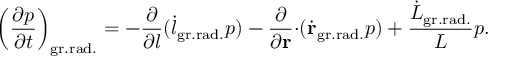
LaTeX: \left( \frac { \partial p } { \partial t } \right) _ { \mathrm { g r . r a d . } } = - { \frac { \partial } { \partial l } } ( { \dot { l } } _ { \mathrm { g r . r a d . } } p ) - { \frac { \partial } { \partial { \bf r } } } { \cdot } ( \dot { \bf r } _ { \mathrm { g r . r a d . } } p ) + { \frac { \dot { L } _ { \mathrm { g r . r a d . } } } { L } } p .